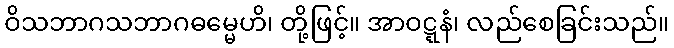
ဝိသဘာဂသဘာဂဓမ္မေဟိ၊ တို့ဖြင့်။ အာဝဋ္ဋနံ၊ လည်စေခြင်းသည်။